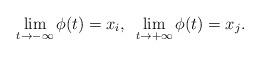
LaTeX: \begin{align*} \lim_{t\to -\infty}\phi(t)=x_i, \,\,\, \lim_{t\to +\infty}\phi(t)=x_j. \end{align*}